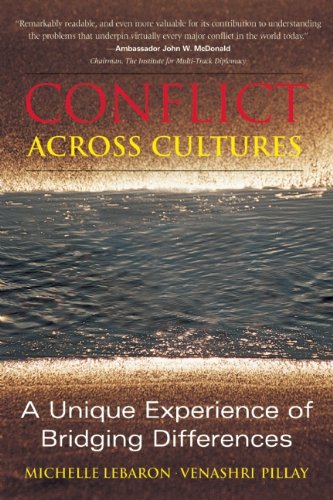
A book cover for Conflict Across Cultures: A Unique Experience of Bridging Differences; Michelle LeBaron; Business & Money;